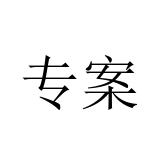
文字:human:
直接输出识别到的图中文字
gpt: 专案